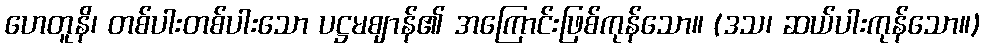
ဟေတူနိ၊ တစ်ပါးတစ်ပါးသော ပဋ္ဌမဈာန်၏ အကြောင်းဖြစ်ကုန်သော။ (ဒသ၊ ဆယ်ပါးကုန်သော။)